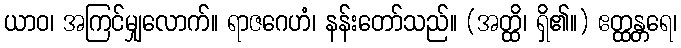
ယာဝ၊ အကြင်မျှလောက်။ ရာဇဂေဟံ၊ နန်းတော်သည်။ (အတ္ထိ၊ ရှိ၏။) ဧတ္ထန္တရေ၊